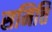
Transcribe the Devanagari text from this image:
समित्ति